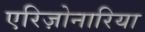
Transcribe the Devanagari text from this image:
एरिज़ोनारिया